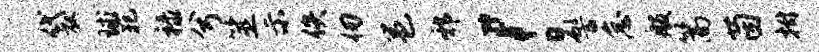
袋球犯禄兮筮示佚仞邕邪！髻怠般篙茵拊